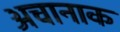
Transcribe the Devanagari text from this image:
अचानाक